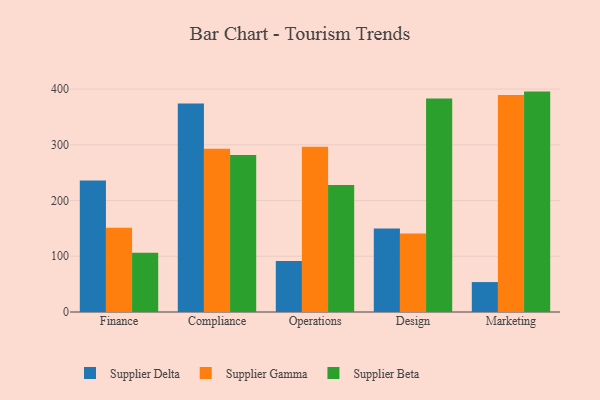
{"axis": {"x": "Department", "y": "Website Visitors"}, "legend": ["Supplier Beta", "Supplier Delta", "Supplier Gamma"], "data": [{"x": "Finance", "y": 236.0, "type": "Supplier Delta"}, {"x": "Finance", "y": 151.2, "type": "Supplier Gamma"}, {"x": "Finance", "y": 106.3, "type": "Supplier Beta"}, {"x": "Compliance", "y": 374.2, "type": "Supplier Delta"}, {"x": "Compliance", "y": 292.8, "type": "Supplier Gamma"}, {"x": "Compliance", "y": 281.7, "type": "Supplier Beta"}, {"x": "Operations", "y": 91.3, "type": "Supplier Delta"}, {"x": "Operations", "y": 296.4, "type": "Supplier Gamma"}, {"x": "Operations", "y": 227.7, "type": "Supplier Beta"}, {"x": "Design", "y": 149.9, "type": "Supplier Delta"}, {"x": "Design", "y": 140.8, "type": "Supplier Gamma"}, {"x": "Design", "y": 383.2, "type": "Supplier Beta"}, {"x": "Marketing", "y": 53.7, "type": "Supplier Delta"}, {"x": "Marketing", "y": 389.3, "type": "Supplier Gamma"}, {"x": "Marketing", "y": 395.5, "type": "Supplier Beta"}]}